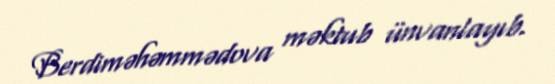
Berdiməhəmmədova məktub ünvanlayıb.